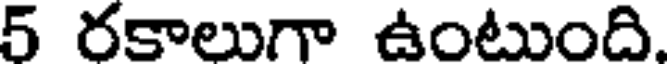
5 రకాలుగా ఉంటుంది.